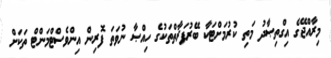
މިރާއްޖޭގެ އިގްތިޞާދު މަތި ކުރުމަށްޓަކާ ބޭރުފަރާތްތަކުގެ ހިއްޞާ ނުވަތަ ފޮރިން އިންވެސްޓްމަންޓް ތަކަށް